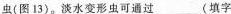
虫(图13)。淡水变形虫可通过___（填字